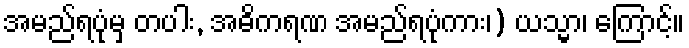
အမည်ရပုံမှ တပါး, အဓိကရဏ အမည်ရပုံကား၊) ယသ္မာ၊ ကြောင့်။